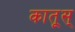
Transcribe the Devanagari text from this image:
कातूस्